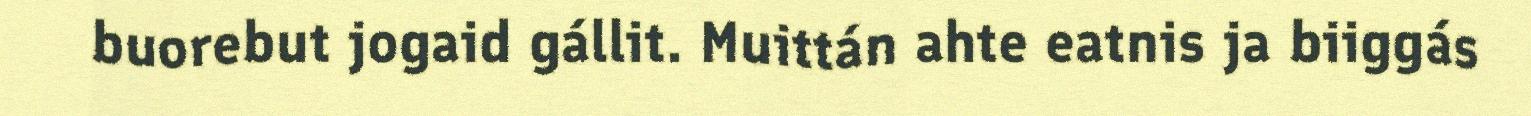
buorebut jogaid gállit. Muittán ahte eatnis ja biiggás